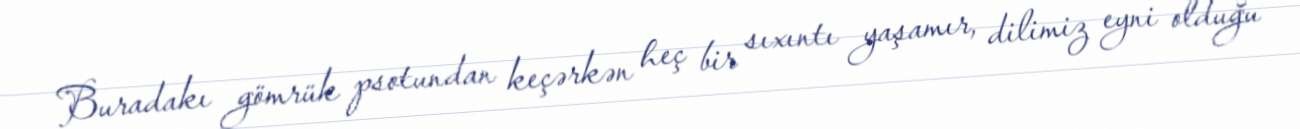
Buradakı gömrük psotundan keçərkən heç bir sıxıntı yaşamır, dilimiz eyni olduğu